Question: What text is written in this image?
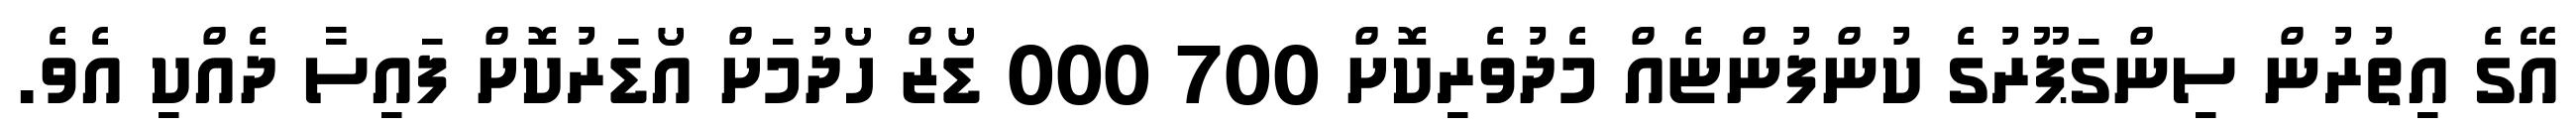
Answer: އޭގެ އިތުުރުން ސިންގަޕޫރުގެ ކުންފުންޏެއް މެދުވެރިކޮށް 700 000 ޑޯޒް ހޯދުމަށް އޯޑަރުކޮށް ފައިސާ ދެއްކި އެވެ.